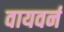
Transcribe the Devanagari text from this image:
वायवर्न